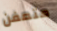
متعفن